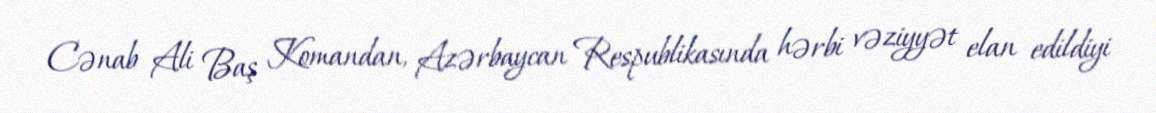
Cənab Ali Baş Komandan, Azərbaycan Respublikasında hərbi vəziyyət elan edildiyi